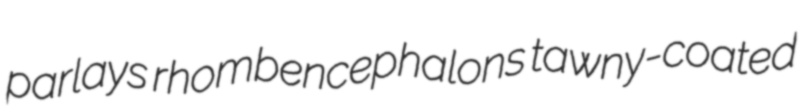
parlays rhombencephalons tawny-coated